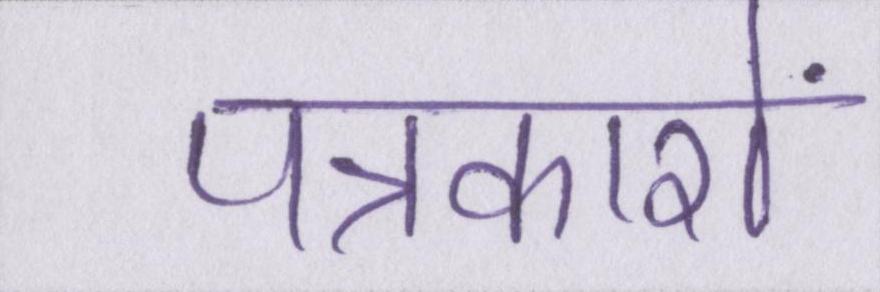
पत्रकारों